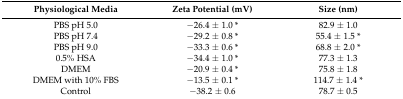
| Physiological Media | Zeta Potential (mV) | Size (nm) |
 | --- | --- | --- |
 | PBS pH 5.0 | −26.4 ± 1.0 * | 82.9 ± 1.0 |
 | PBS pH 7.4 | −29.2 ± 0.8 * | 55.4 ± 1.5 * |
 | PBS pH 9.0 | −33.3 ± 0.6 * | 68.8 ± 2.0 * |
 | 0.5% HSA | −34.4 ± 1.0 * | 77.3 ± 1.3 |
 | DMEM | −20.9 ± 0.4 * | 75.8 ± 1.8 |
 | DMEM with 10% FBS | −13.5 ± 0.1 * | 114.7 ± 1.4 * |
 | Control | −38.2 ± 0.6 | 78.7 ± 0.5 |